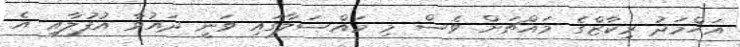
އަހްމަދު ރިކާޒްގެ މައްޗަށް ވެސް މި މައްސަލާގައި ވަނީ ދައުވާ އުފުލާއި އެ